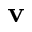
\mathbf { v }